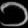
Digit: ၁